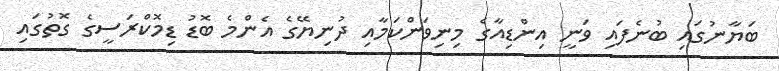
ބަޔާނުގައި ބުނެފައި ވަނީ އިންޑިއާގެ މިނިވަންކަމާއި ދުނިޔޭގެ އެންމެ ބޮޑު ޑިމޮކްރަސީގެ ގޮތުގައި